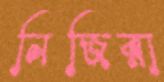
নিজিরা